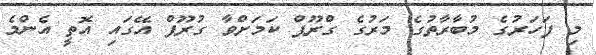
މި ފަހަރުގެ މުބާރާތުގެ މަރުގެ ގްރޫޕް ކަމަށްވާ ގުރޫޕް އޭގައި އޮތީ އެންމެ